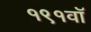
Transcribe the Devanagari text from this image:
१९१वॉ